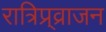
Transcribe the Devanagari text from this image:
रात्रिप्र्व्राजन